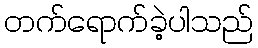
တက်ရောက်ခဲ့ပါသည်